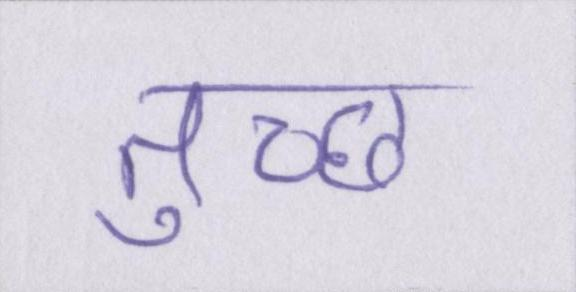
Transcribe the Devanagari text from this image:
तुच्छ